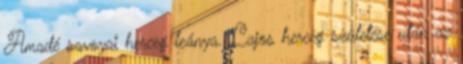
Amadé savoyai herceg leánya. Lajos herceg születése után az